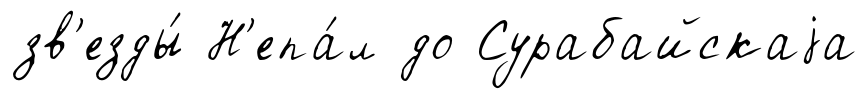
зв'езды́ Н'епа́л до Сурабайскаjа